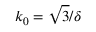
k _ { 0 } = \sqrt { 3 } / \delta